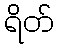
ရိတ်